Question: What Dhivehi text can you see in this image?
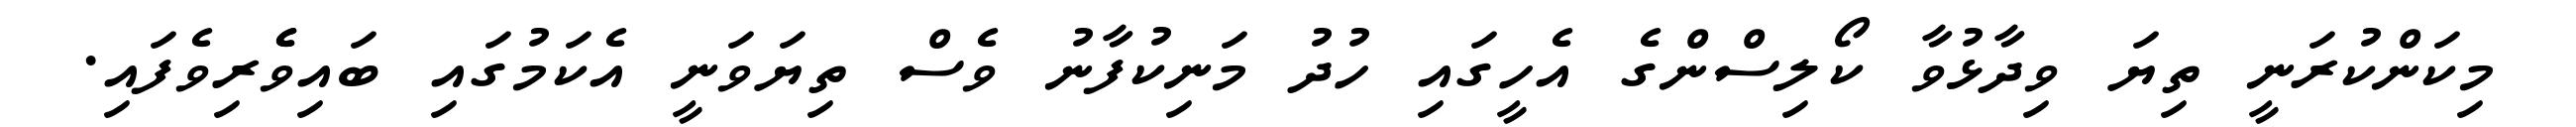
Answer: މިކަންކުރަނީ ތިޔަ ވިދާޅުވާ ކޯލިސްންގެ އެހީގައި ހުދު މަނިކުފާނު ވެސް ތިޔަވަނީ އެކަމުގައި ބައިވެެރިވެފައި.